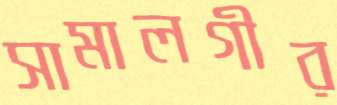
সামালগীর